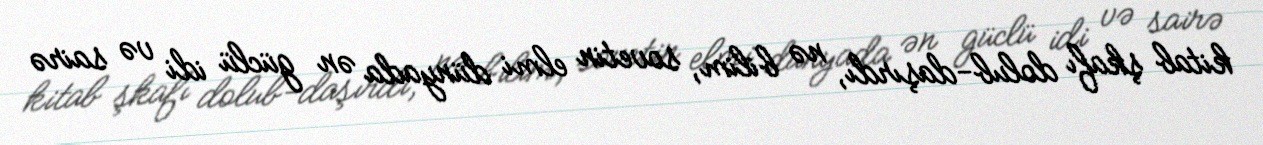
kitab şkafı dolub-daşırdı, nə bilim, sovetin elmi dünyada ən güclü idi və sairə